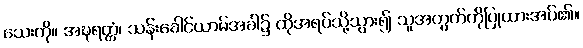
သေးကို။ အဍ္ဎရတ္တံ၊ သန်းခေါင်ယာမ်အခါ၌ ထိုအရပ်သို့သွား၍ သူအတွက်ကိုပြုထားအပ်၏။